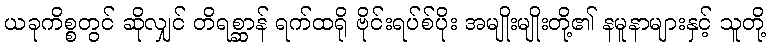
ယခုကိစ္စတွင် ဆိုလျှင် တိရစ္ဆာန် ရက်ထရို ဗိုင်းရပ်စ်ပိုး အမျိုးမျိုးတို့၏ နမူနာများနှင့် သူတို့